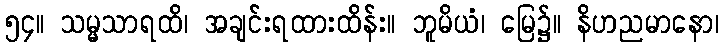
၅၄။ သမ္မသာရထိ၊ အချင်းရထားထိန်း။ ဘူမိယံ၊ မြေ၌။ နိဟညမာနော၊